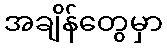
အချိန်တွေမှာ